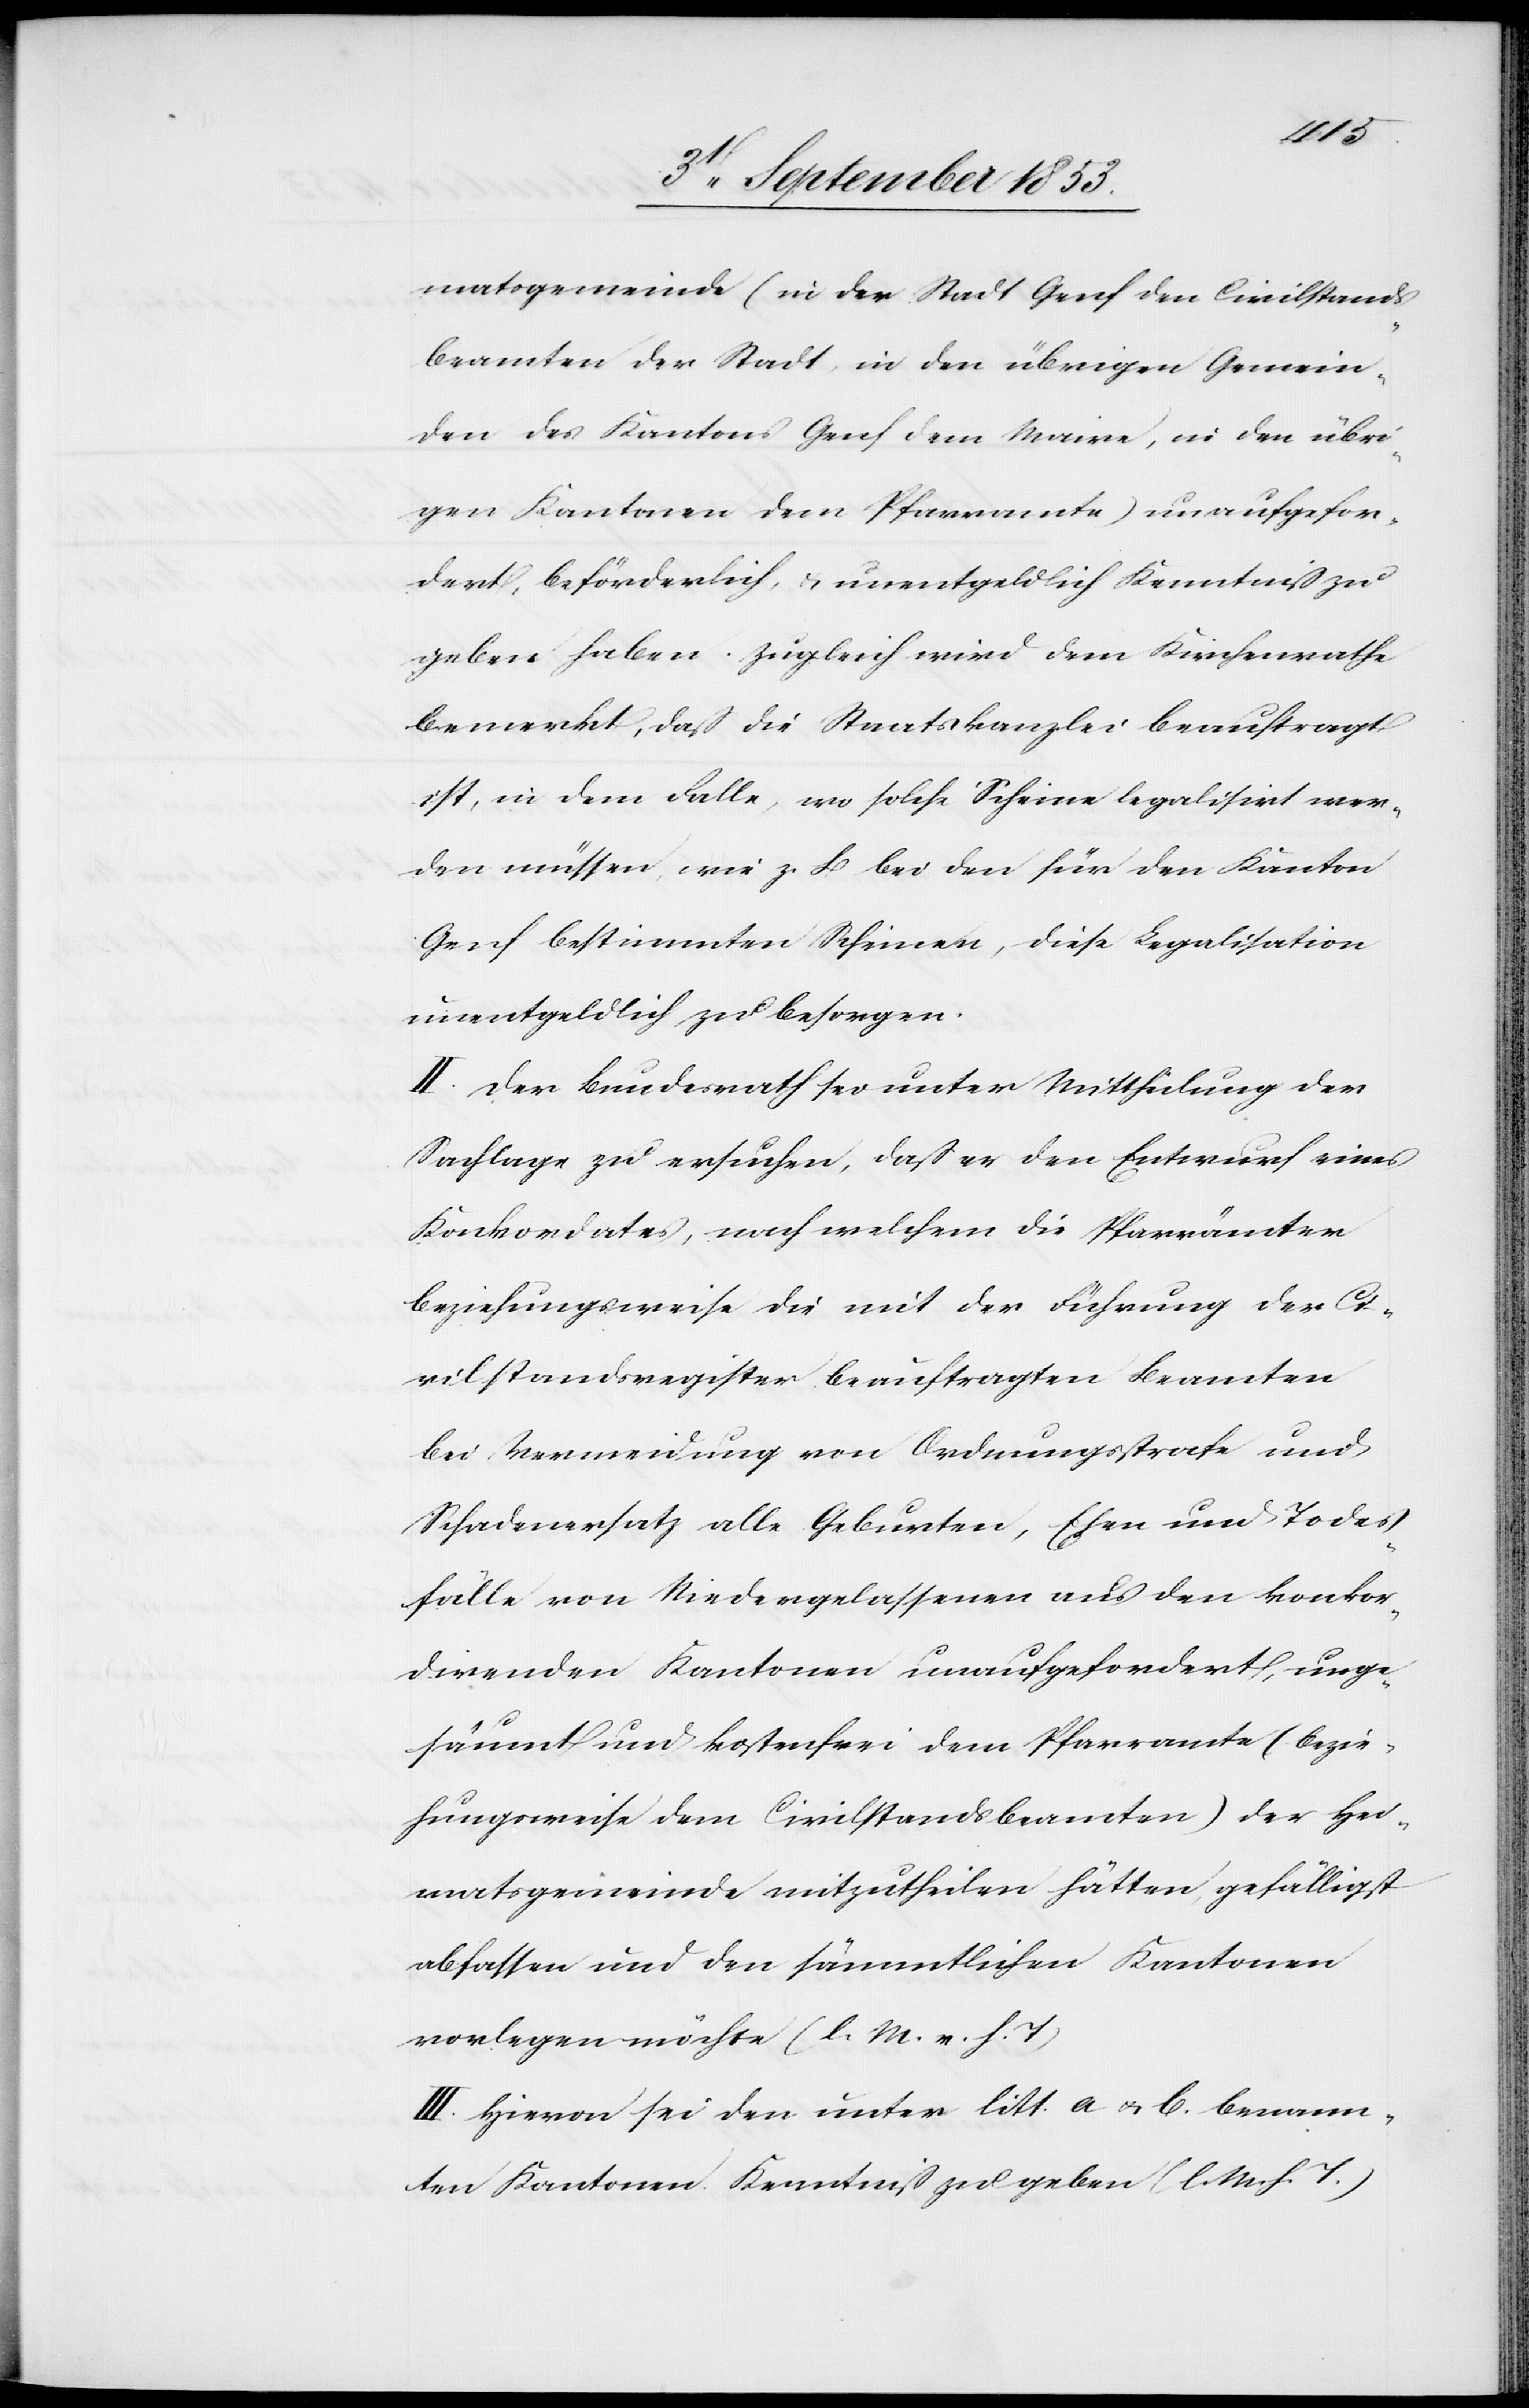
matsgemeinde (in der Stadt Genf den Civilstands¬
beamten der Stadt, in den übrigen Gemein¬
den des Kantons Genf dem Maire, in den übri¬
gen Kantonen dem Pfarramte) unaufgefor¬
dert, beförderlich, u. unentgeldlich Kenntniß zu
geben haben. Zugleich wird dem Kirchenrathe
bemerkt, daß die Staatskanzlei beauftragt
ist, in dem Falle, wo solche Scheine legalisirt wer¬
den müssen, wie z. B. bei den für den Kanton
Genf bestimmten Scheinen, diese Legalisation
unentgeldlich zu besorgen.
II. Der Bundesrath sei unter Mittheilung der
Sachlage zu ersuchen, daß er den Entwurf eines
Konkordates, nach welchem die Pfarrämter
beziehungsweise die mit der Führung der Ci¬
vilstandsregister beauftragten Beamten
bei Vermeidung von Ordnungsstrafe und
Schadenersatz alle Geburten, Ehen und Todes¬
fälle von Niedergelassenen aus den konkor¬
direnden Kantonen unaufgefordert, unge¬
säumt und kostenfrei dem Pfarramte (bezie¬
hungsweise dem Civilstandsbeamten) der Hei¬
matsgemeinde mitzutheilen hätten, gefälligst
abfassen und den sämmtlichen Kantonen
vorlegen möchte [l. M. v. h. T].
III. Hievon sei den unter litt. a. u. b. benann¬
ten Kantonen Kenntniß zu geben [l. M. h. T]